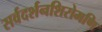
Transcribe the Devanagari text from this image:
सर्वदर्शनशिरोमणि